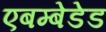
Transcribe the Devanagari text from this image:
एबम्बेडेड